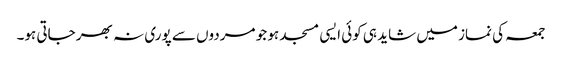
جمعہ کی نماز میں شاید ہی کوئی ایسی مسجد ہو جو مردوں سے پوری نہ بھر جاتی ہو۔